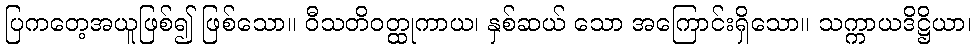
ပြကတေ့အယူဖြစ်၍ ဖြစ်သော။ ဝီသတိဝတ္ထုကာယ၊ နှစ်ဆယ် သော အကြောင်းရှိသော။ သက္ကာယဒိဋ္ဌိယာ၊